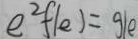
e ^ { 2 } f ( e ) = g ( e